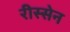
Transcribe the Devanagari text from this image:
रीस्सेन